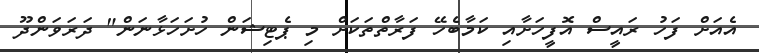
އެއަށް ފަހު ރައީސް އޮފީހަށާއި ކަމާބެހޭ ފަރާތްތަކަށް މި ޕެޓިޝަން ހުށަހަޅާނަން" ދަރަވަންދޫ